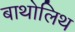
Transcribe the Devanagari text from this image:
बाथोलिथ